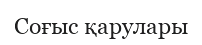
Соғыс қарулары